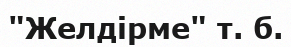
"Желдірме" т. б.